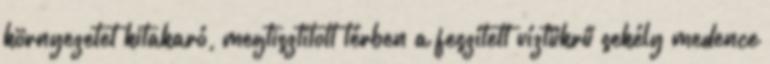
környezetet kitakaró, megtisztított térben a feszített víztükrű sekély medence